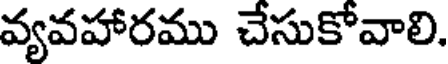
వ్యవహారము చేసుకోవాలి.